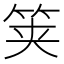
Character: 䇲